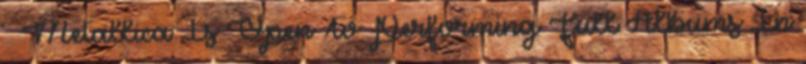
↑ Metallica Is Open To Performing Full Albums In